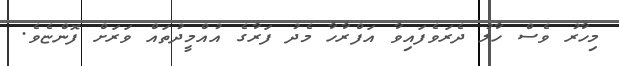
މިހާރު ވެސް ހާލު ދެރަވެފައިވާ އަފްރާހާ މެދު ފަރާގެ އުއްމީދުތައް ވަރަށް ފޮންޏެވެ.